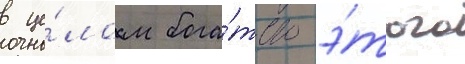
в це́лом бога́тство э́того